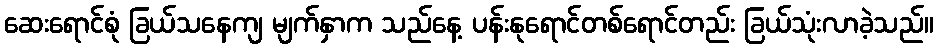
ဆေးရောင်စုံ ခြယ်သနေကျ မျက်နှာက သည်နေ့ ပန်းနုရောင်တစ်ရောင်တည်း ခြယ်သုံးလာခဲ့သည်။